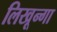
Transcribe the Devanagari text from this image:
लिखून्गा